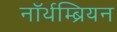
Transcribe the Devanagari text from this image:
नॉर्थम्ब्रियन